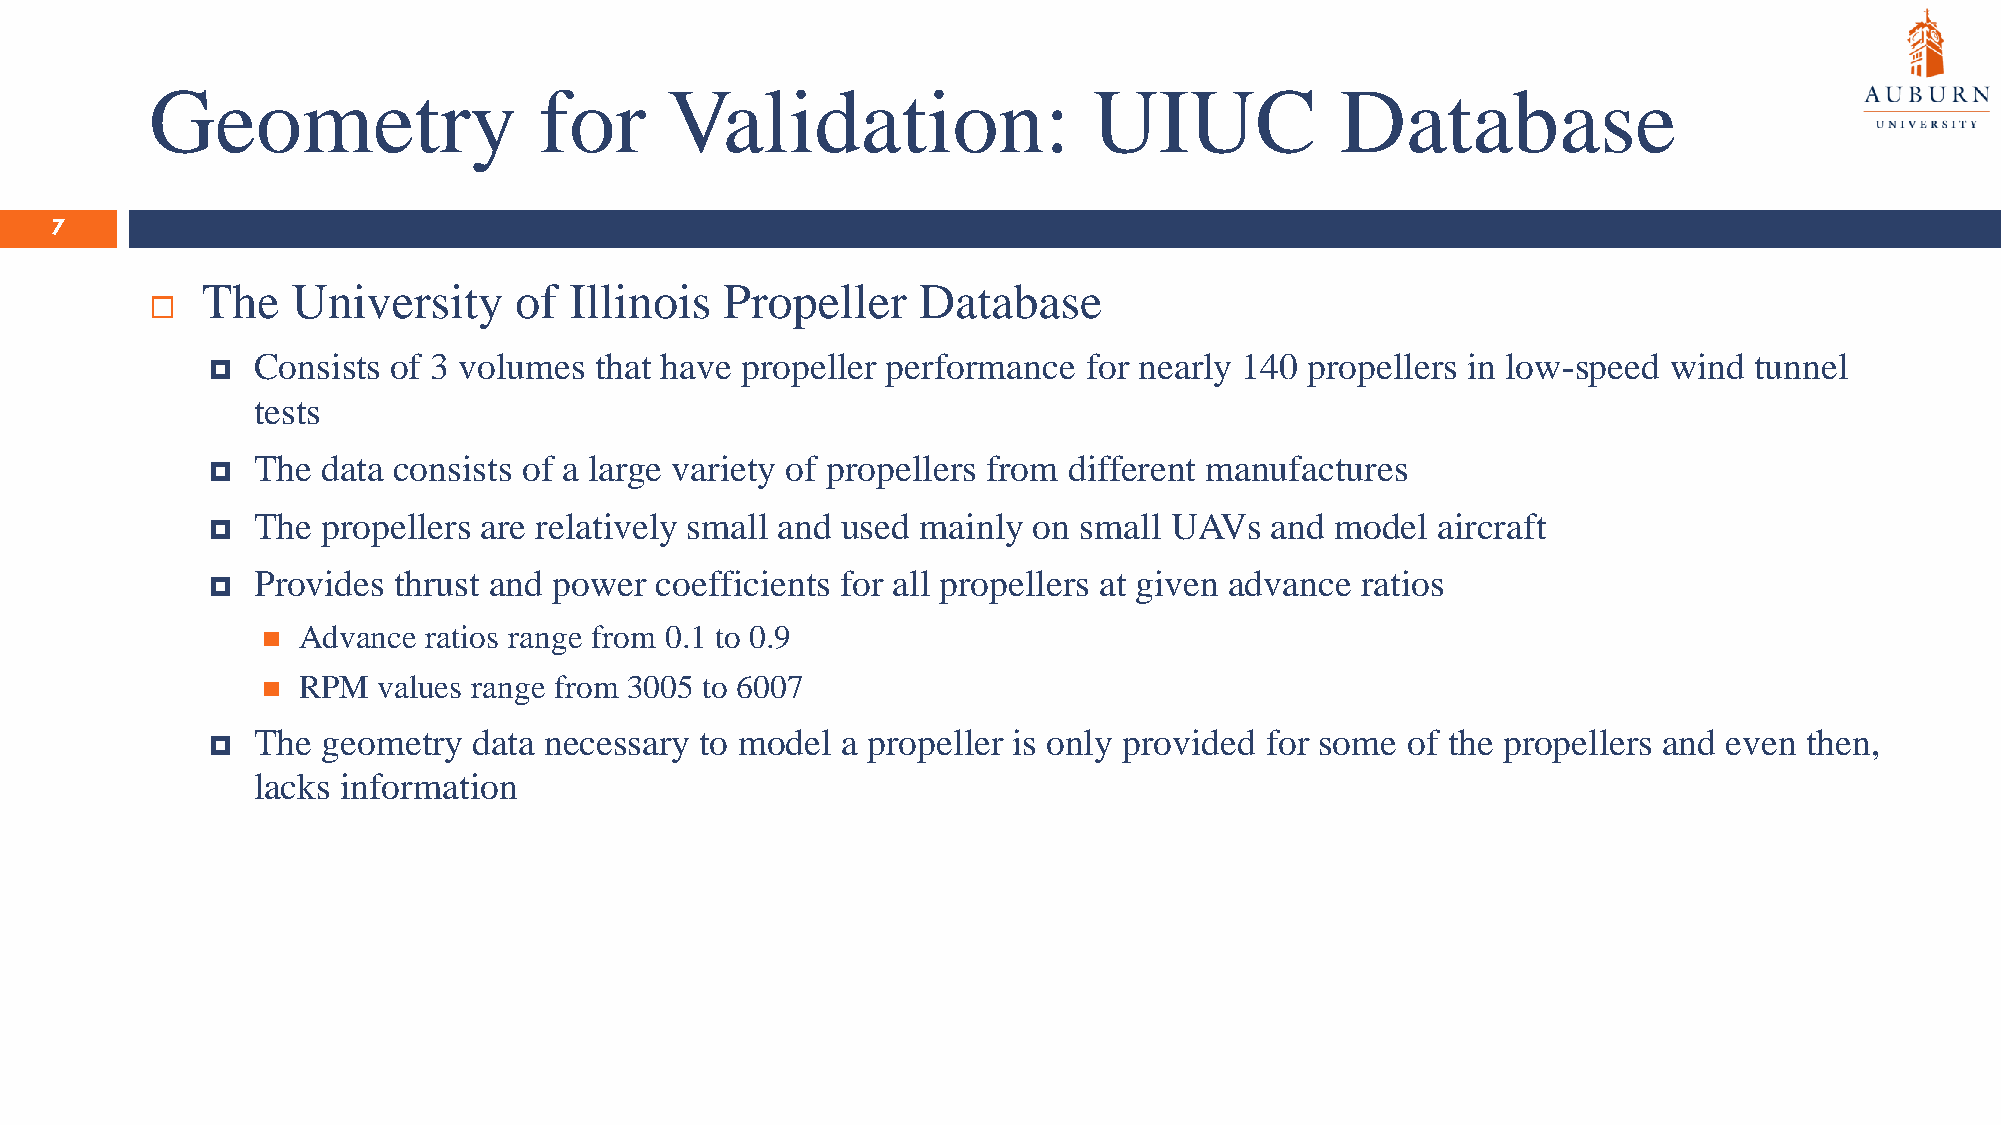
Geometry                  for     Validation:                 UIUC             Database
 7
 The   University     of  Illinois  Propeller    Database
 
 Consists of 3 volumes that have propeller performance  for nearly 140 propellers in low-speed wind tunnel
 
 tests
 The data consists of a large variety of propellers from different manufactures
 
 The propellers are relatively small and used mainly on small UAVs  and model  aircraft
 
 Provides thrust and power coefficients for all propellers at given advance ratios
 
 ◼  Advance ratios range from 0.1 to 0.9
 ◼  RPM  values range from 3005 to 6007
 The geometry  data necessary to model  a propeller is only provided for some of the propellers and even then,
 
 lacks information